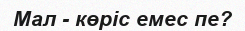
Мал - көріс емес пе?